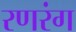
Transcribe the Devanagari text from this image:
रणरंग